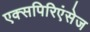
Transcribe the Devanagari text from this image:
एक्सपिरिएंसेज